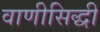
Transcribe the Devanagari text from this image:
वाणीसिद्धी